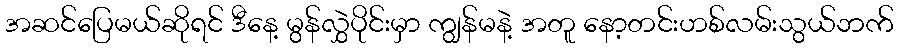
အဆင်ပြေမယ်ဆိုရင် ဒီနေ့ မွန်လွှဲပိုင်းမှာ ကျွန်မနဲ့ အတူ နော့တင်းဟစ်လမ်းသွယ်ဘက်